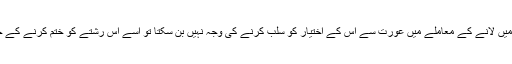
پس اگر معاشی انحصار رشتۂ نکاح کو وجود میں لانے کے معاملے میں عورت سے اس کے اختیار کو سلب کرنے کی وجہ نہیں بن سکتا تو اسے اس رشتے کو ختم کرنے کے حق کی نفی کی بنیاد بھی قرار نہیں دیا جا سکتا۔